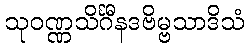
သုဝဏ္ဏသိင်္ဂီနဒဗိမ္ဗသာဒိသံ